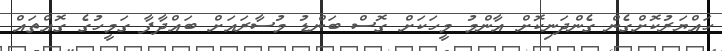
ހައްޔަރުކޮށްގެން ގެންދަނިކޮށް އާންމު މީހަކަށް ގޮސް ބަންޑު މުސާރައަށް ބައްދާފާ ގަމީހުގެ ގޮއްތައް